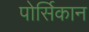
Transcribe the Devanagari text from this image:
पोर्सिकान